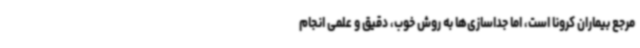
مرجع بیماران کرونا است، اما جداسازی‌ها به روش خوب، دقیق و علمی انجام